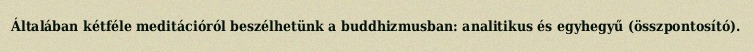
Általában kétféle meditációról beszélhetünk a buddhizmusban: analitikus és egyhegyű (összpontosító).